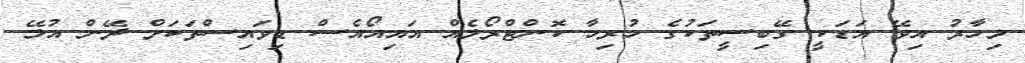
މިހާރު އިވޭ އަޑަކީ ގޭބިސީތަކުގެ ހުރިހާ ކޮންޓްރޯލެއް އައިއޯއެސް ޑިވައިސްތަކަށް ދޭން އުޅޭ